Lunatic asylums Central Provinces reports 1895-1909 - 1895-1909
Year: 1895
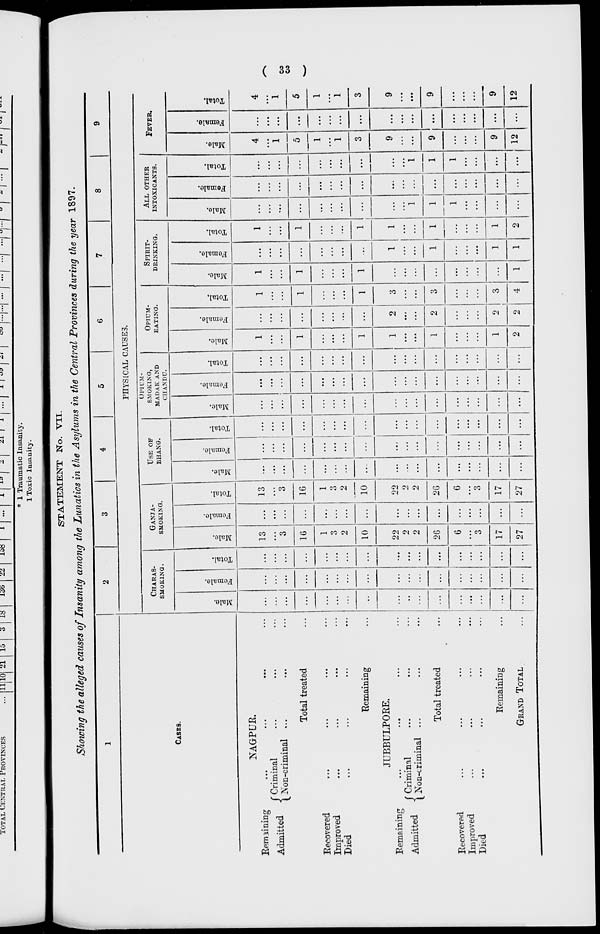
( 33 )
STATEMENT No. VII.
Showing the alleged causes of Insanity among the Lunatics in the Asylums in the Central Provinces during the year 1897.
1
CASES.
NAGPUR.
Remaining ... ... ... ...
Admitted
Criminal ... ... ...
Non-criminal ... ... ...
Total treated ... ... ... ...
Recovered ... ... ... ...
Improved ... ... ... ...
Died ... ... ... ...
Remaining ... ... ... ...
JUBBULPORE.
Remaining ... ... ... ...
Admitted
Criminal ... ... ...
Non-criminal ... ... ...
Total treated ... ... ... ...
Recovered ... ... ... ...
Improved ... ... ... ...
Died ... ... ... ...
Remaining ... ... ... ...
GRAND TOTAL ...
2
3
4
5
6
7
8
9
PHYSICAL CAUSES.
CHARAS-
SMOKING.
Male.
...
...
...
...
...
...
...
...
...
...
...
...
...
...
...
...
...
Female.
...
...
...
...
...
...
...
...
...
...
...
...
...
...
...
...
...
Total.
...
...
...
...
...
...
...
...
...
...
...
...
...
...
...
...
...
GANJA-
SMOKING.
Male.
13
...
3
16
1
3
2
10
22
2
2
26
6
...
3
17
27
Female.
...
...
...
...
...
...
...
...
...
...
...
...
...
...
...
...
...
Total.
13
...
3
16
1
3
2
10
22
2
2
26
6
...
3
17
27
USE OF
BHANG.
Male.
...
...
...
...
...
...
...
...
...
...
...
...
...
...
...
...
...
Female.
...
...
...
...
...
...
...
...
...
...
...
...
...
...
...
...
...
Total.
...
...
...
...
...
...
...
...
...
...
...
...
...
...
...
...
...
OPIUM -
SMOKING,
MADAK AND
CHANDU.
Male.
...
...
...
...
...
...
...
...
...
...
...
...
...
...
...
...
...
Female.
...
...
...
...
...
...
...
...
...
...
...
...
...
...
...
...
...
Total.
...
...
...
...
...
...
...
...
...
...
...
...
...
...
...
...
...
OPIUM -
EATING.
Male.
1
...
...
1
...
...
...
1
1
...
...
1
...
...
...
1
2
Female.
...
...
...
...
...
...
...
...
2
...
...
2
...
...
...
2
2
Total,
1
...
...
1
...
...
...
1
3
...
...
3
...
...
...
3
4
SPIRIT-
DRINKING.
Male.
1
...
...
1
...
...
...
1
...
...
...
...
...
...
...
...
1
Female.
...
...
...
...
...
...
...
...
1
...
...
1
...
...
...
1
1
Total.
1
...
...
1
...
...
...
1
1
...
...
1
...
...
...
1
2
ALL
OTHER
INTOXICANTS.
Male.
...
...
...
...
...
...
...
...
...
...
1
1
1
...
...
...
...
Female.
...
...
...
...
...
...
...
...
...
...
...
...
...
...
...
...
...
Total.
...
...
...
...
...
...
...
...
...
...
1
1
1
...
...
...
...
FEVER.
Male.
4
...
1
5
1
...
1
3
9
...
...
9
...
...
...
9
12
Female.
...
...
...
...
...
...
...
...
...
...
...
...
...
...
...
...
...
Total.
4
...
1
5
1
...
1
3
9
...
...
9
...
...
...
9
12